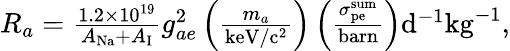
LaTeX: \begin{array}{r}{R_{a}=\frac{1.2\times 10^{19}}{A_{\mathrm{Na}}+A_{\mathrm{I}}}g_{ae}^{2}\left(\frac{m_{a}}{\mathrm{keV/c^{2}}}\right)\left(\frac{\sigma_{\mathrm{pe}}^{\mathrm{sum}}}{\mathrm{barn}}\right)\mathrm{d}^{-1}\mathrm{kg}^{-1},}\end{array}